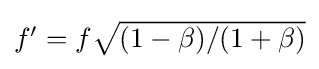
\textstyle f'=f{\sqrt {(1-\beta )/(1+\beta )}}